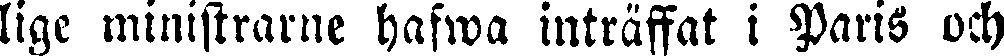
ligc ministrarne hafwa inträffat i Paris och